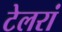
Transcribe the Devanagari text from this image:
टेलरां